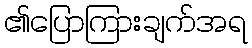
၏ပြောကြားချက်အရ